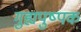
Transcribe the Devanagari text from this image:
गुह्यपुष्पक